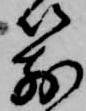
箭